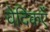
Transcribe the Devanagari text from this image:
वेदिकएँ